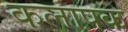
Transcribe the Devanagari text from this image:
कलापक